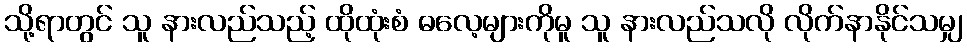
သို့ရာတွင် သူ နားလည်သည့် ထိုထုံးစံ ဓလေ့များကိုမူ သူ နားလည်သလို လိုက်နာနိုင်သမျှ